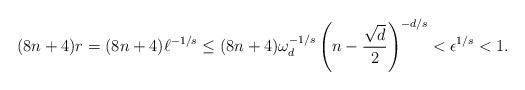
LaTeX: \begin{align*} (8n+4)r=(8n+4)\ell^{-1/s}\leq (8n+4)\omega_d^{-1/s}\left(n-\frac{\sqrt{d}}{2}\right)^{-d/s}<\epsilon^{1/s}<1. \end{align*}